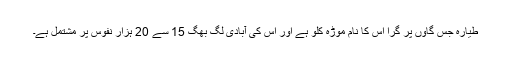
طیارہ جس گاؤں پر گرا اس کا نام موڑہ کلو ہے اور اس کی آبادی لگ بھگ 15 سے 20 ہزار نفوس پر مشتمل ہے۔